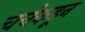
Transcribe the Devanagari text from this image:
चर्चकडून